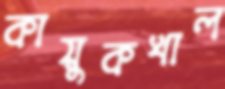
কায়ুকখাল